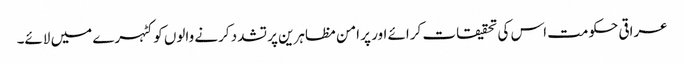
عراقی حکومت اس کی تحقیقات کرائے اور پر امن مظاہرین پر تشدد کرنے والوں کو کٹہرے میں لائے۔